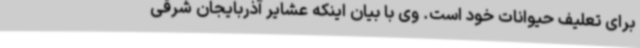
برای تعلیف حیوانات خود است. وی با بیان اینکه عشایر آذربایجان شرقی